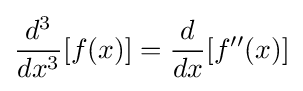
{\frac {d^{3}}{dx^{3}}}[f(x)]={\frac {d}{dx}}[f''(x)]